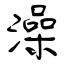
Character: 澡